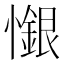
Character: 𢣩